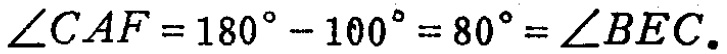
\(\angle CAF = 180^{\circ}-100^{\circ}=80^{\circ}=\angle BEC.\)